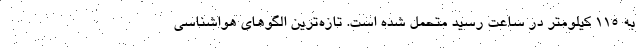
به 115 کیلومتر در ساعت رسید متحمل شده است. تازه‌ترین الگوهای هواشناسی